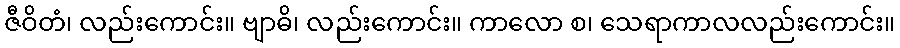
ဇီဝိတံ၊ လည်းကောင်း။ ဗျာဓိ၊ လည်းကောင်း။ ကာလော စ၊ သေရာကာလလည်းကောင်း။